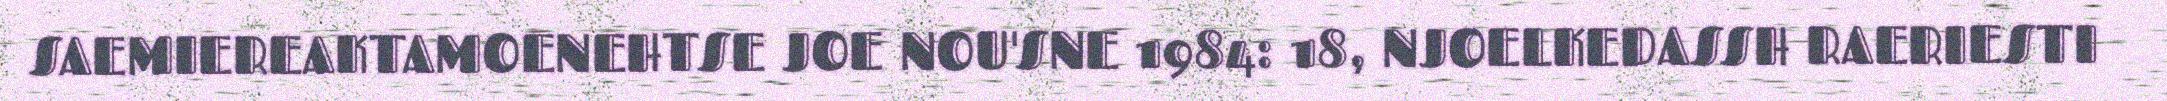
SAEMIEREAKTAMOENEHTSE JOE NOU'SNE 1984: 18, NJOELKEDASSH RAERIESTI